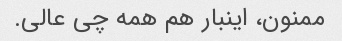
ممنون، اینبار هم همه چی عالی.